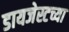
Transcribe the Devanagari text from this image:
डायजेस्टच्या